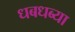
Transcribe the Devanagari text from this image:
धबधब्या